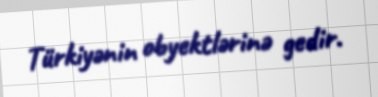
Türkiyənin obyektlərinə gedir.